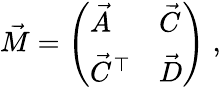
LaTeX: \vec{M}=\left(\begin{array}{ll}{\vec{A}}&{\vec{C}}\\ {\vec{C}^{\top}}&{\vec{D}}\end{array}\right)\; ,